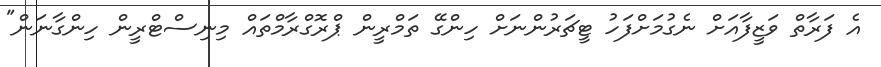
އެ ފަރާތް ވަޒީފާއަށް ނެގުމަށްފަހު ޓީޗަރުންނަށް ހިންގޭ ތަމްރީން ޕްރޮގްރާމްތައް މިނިސްޓްރީން ހިންގާނަން"